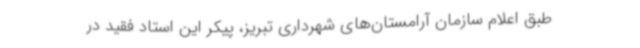
طبق اعلام سازمان آرامستان‌های شهرداری تبریز، پیکر این استاد فقید در